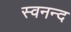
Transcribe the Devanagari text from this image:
स्वनन्द